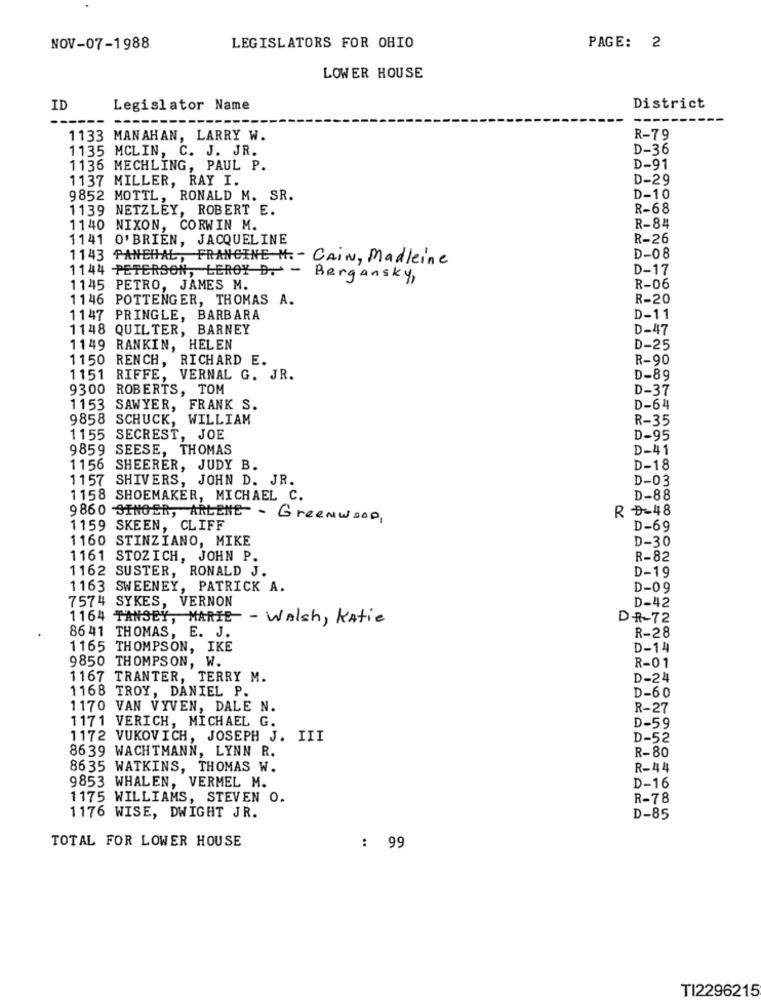
NOV-07-1988
LEGISLATORS FOR OHIO
PAGE: 2
LOWER HOUSE
ID
Legislator Name
District
---
1133 MANAHAN, LARRY W.
R-79
1135 MCLIN, C. J. JR.
D-36
1136 MECHLING, PAUL P.
D-91
1137 MILLER, RAY I.
D-29
9852 MOTTL, RONALD M. SR.
D-10
1139 NETZLEY, ROBERT E.
R-68
1140 NIXON, CORWIN M.
R-84
1141 O'BRIEN, JACQUELINE
R-26
1143 PANEHAL, FRANCINE H. - CAIN, Madleine
D-08
D-17
1144 PETERSON, LEROY D. - Bergansky,
1145 PETRO, JAMES M.
R-06
1146 POTTENGER, THOMAS A.
R-20
1147 PRINGLE, BARBARA
D-11
1148 QUILTER, BARNEY
D-47
1149 RANKIN, HELEN
D-25
1150 RENCH, RICHARD E.
R-90
1151 RIFFE, VERNAL G. JR.
D-89
9300 ROBERTS, TOM
D-37
1153 SAWYER, FRANK S.
D-64
9858 SCHUCK, WILLIAM
R-35
1155 SECREST, JOE
D-95
9859 SEESE, THOMAS
D-41
1156 SHEERER, JUDY B.
D-18
1157 SHIVERS, JOHN D. JR.
D-03
1158 SHOEMAKER, MICHAEL C.
D-88
R
-48
9860 SINGER, ARLENE - GreenWOOD,
1159 SKEEN, CLIFF
D-69
1160 STINZIANO, MIKE
D-30
1161 STOZICH, JOHN P.
R-82
1162 SUSTER, RONALD J.
D-19
1163 SWEENEY, PATRICK A.
D-09
7574 SYKES, VERNON
D-42
1164 TANSEY, MARIE - Walsh, Katie
DR-72
8641 THOMAS, E. J.
R-28
1165 THOMPSON, IKE
D-14
9850 THOMPSON, W.
R-01
1167 TRANTER, TERRY M.
D-24
1168 TROY, DANIEL P.
D-60
1170 VAN VIVEN, DALE N.
R-27
1171 VERICH, MICHAEL G.
D-59
1172 VUKOVICH, JOSEPH J. III
D-52
8639 WACHTMANN, LYNN R.
R-80
8635 WATKINS, THOMAS W.
R-44
9853 WHALEN, VERMEL M.
D-16
1175 WILLIAMS, STEVEN O.
R-78
1176 WISE, DWIGHT JR.
D-85
TOTAL FOR LOWER HOUSE
: 99
..
TI2296215